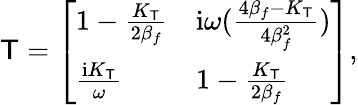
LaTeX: \mathsf{T}=\left[\begin{array}{ll}{1-\frac{K_{\mathsf{T}}}{2\beta_{f}}}&{\mathrm{i}\omega(\frac{4\beta_{f}-K_{\mathsf{T}}}{4\beta_{f}^{2}})}\\ {\frac{\mathrm{i}K_{\mathsf{T}}}{\omega}}&{1-\frac{K_{\mathsf{T}}}{2\beta_{f}}}\end{array}\right],